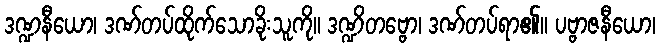
ဒဏ္ဍနီယော၊ ဒဏ်တပ်ထိုက်သောခိုးသူကို။ ဒဏ္ဍိတဗ္ဗော၊ ဒဏ်တပ်ရာ၏။ ပဗ္ဗာဇနီယော၊